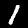
Label: 1